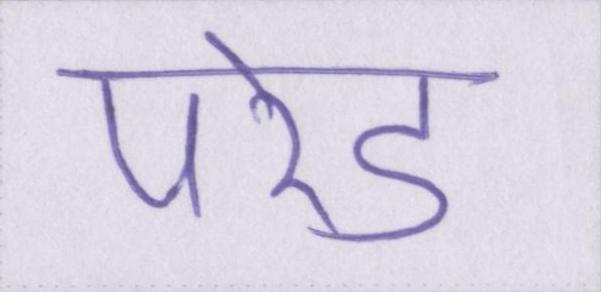
परेड